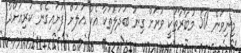
މިނިވަން 50 މުބާރާތަކީ ވަރަށް ގިނަ ބަދަލުތަކާ އެކު އަލަށް ފަށައިގެން ކުރިއަށްދާ